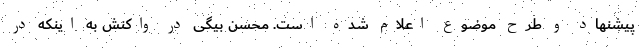
پیشنهاد و طرح موضوع اعلام شده است. محسن بیگی در واکنش به اینکه در